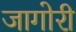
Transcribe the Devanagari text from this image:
जागोरी